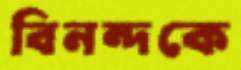
বিনন্দকে